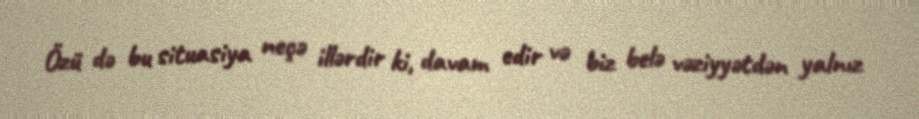
Özü də bu situasiya neçə illərdir ki, davam edir və biz belə vəziyyətdən yalnız